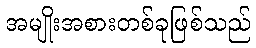
အမျိုးအစားတစ်ခုဖြစ်သည်